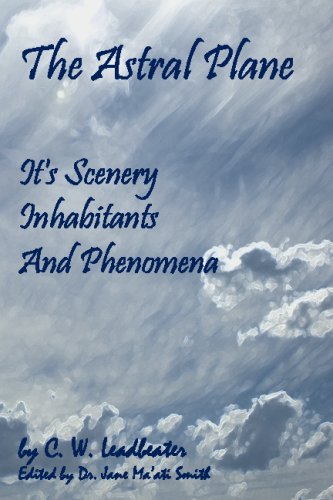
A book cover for The Astral Plane: Its Scenery, Inhabitants And Phenomena; C. W. Leadbeater; Religion & Spirituality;